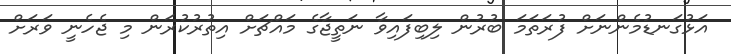
އަޅުގަނޑުމެންނަށް ފުރަތަމަ ބުރުން ލިބިފައިވާ ނަތީޖާގެ މައްޗަށް އިތުރުކުރަން މި ޖެހެނީ ވަރަށް